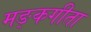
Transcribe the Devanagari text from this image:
मङ्कगीता